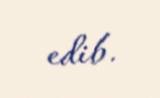
edib.